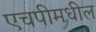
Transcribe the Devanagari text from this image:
एचपीमधील